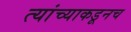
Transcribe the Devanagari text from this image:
त्‍यांच्याकडूनच